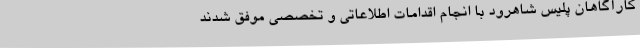
کارآگاهان پلیس شاهرود با انجام اقدامات اطلاعاتی و تخصصی موفق شدند